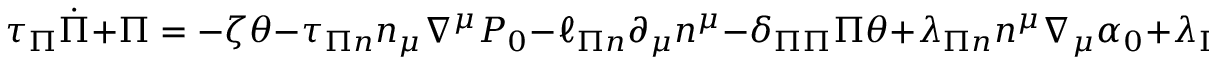
\tau _ { \Pi } \dot { \Pi } + \Pi = - \zeta \theta - \tau _ { \Pi n } n _ { \mu } \nabla ^ { \mu } P _ { 0 } - \ell _ { \Pi n } \partial _ { \mu } n ^ { \mu } - \delta _ { \Pi \Pi } \Pi \theta + \lambda _ { \Pi n } n ^ { \mu } \nabla _ { \mu } \alpha _ { 0 } + \lambda _ { \Pi \pi } \pi ^ { \mu \nu } \sigma _ { \mu \nu } .